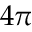
4 \pi